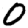
Digit: 0